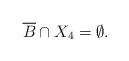
LaTeX: \begin{align*}\overline B\cap X_4=\emptyset.\end{align*}